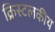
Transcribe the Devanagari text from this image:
क्रिस्टलकीय